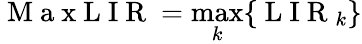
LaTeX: \mathrm{~M~a~x~L~I~R~}=\operatorname*{max}_{k}\{ \mathrm{~L~I~R~}_{k}\}